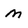
Character: m